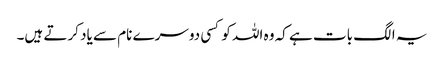
یہ الگ بات ہے کہ وہ اللہ کو کسی دوسرے نام سے یاد کرتے ہیں۔